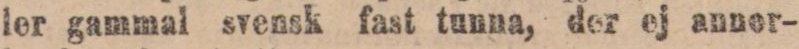
ler gammal svensk fast tunna, der ej annor-